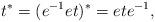
LaTeX: \begin{align*} t^{\ast}=(e^{-1}et)^{\ast}=ete^{-1},\end{align*}